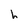
Character: h